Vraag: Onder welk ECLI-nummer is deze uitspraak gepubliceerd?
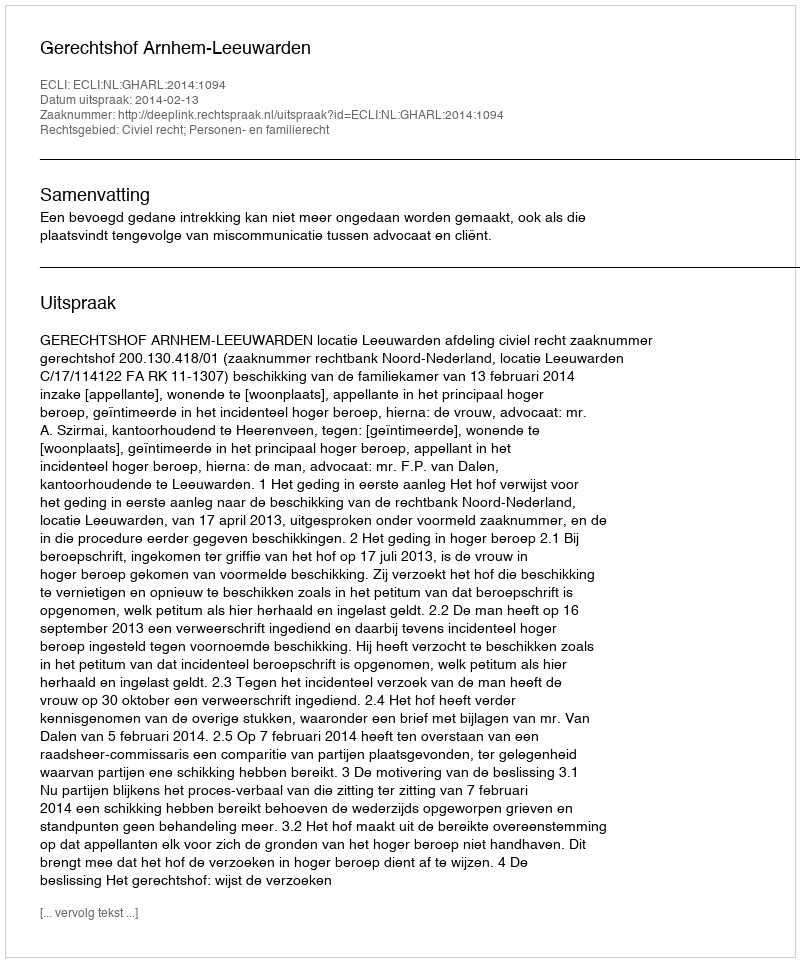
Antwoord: ECLI:NL:GHARL:2014:1094